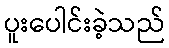
ပူးပေါင်းခဲ့သည်